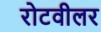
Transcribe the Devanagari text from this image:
रोटवीलर